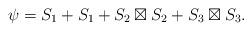
LaTeX: \begin{align*}\psi = S_1 + S_1 + S_2\boxtimes S_2 + S_3 \boxtimes S_3.\end{align*}